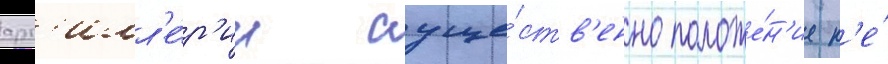
арт'илл'е́р'ии суще́ств'енно положе́н'ие н'е́